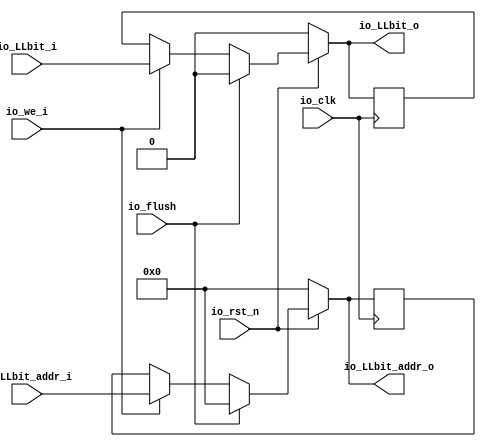
module llbit_reg(
  input         io_clk,
  input         io_rst_n,
  input         io_flush,
  input         io_we_i,
  input         io_LLbit_i,
  input  [33:0] io_LLbit_addr_i,
  output        io_LLbit_o,
  output [33:0] io_LLbit_addr_o
);
  reg  LLbit; // @[llbit_reg.scala 27:18]
  reg [31:0] _RAND_0;
  reg [33:0] LLbit_addr; // @[llbit_reg.scala 28:27]
  reg [63:0] _RAND_1;
  wire  _GEN_0; // @[llbit_reg.scala 37:42]
  wire [33:0] _GEN_1; // @[llbit_reg.scala 37:42]
  wire  _GEN_2; // @[llbit_reg.scala 34:37]
  wire [33:0] _GEN_3; // @[llbit_reg.scala 34:37]
  assign _GEN_0 = io_we_i ? io_LLbit_i : LLbit; // @[llbit_reg.scala 37:42]
  assign _GEN_1 = io_we_i ? io_LLbit_addr_i : LLbit_addr; // @[llbit_reg.scala 37:42]
  assign _GEN_2 = io_flush ? 1'h0 : _GEN_0; // @[llbit_reg.scala 34:37]
  assign _GEN_3 = io_flush ? 34'h0 : _GEN_1; // @[llbit_reg.scala 34:37]
  assign io_LLbit_o = io_rst_n ? _GEN_2 : 1'h0; // @[llbit_reg.scala 44:16 llbit_reg.scala 47:16 llbit_reg.scala 50:16 llbit_reg.scala 53:16]
  assign io_LLbit_addr_o = io_rst_n ? _GEN_3 : 34'h0; // @[llbit_reg.scala 45:21 llbit_reg.scala 48:21 llbit_reg.scala 51:21 llbit_reg.scala 54:21]
`ifdef RANDOMIZE_GARBAGE_ASSIGN
`define RANDOMIZE
`endif
`ifdef RANDOMIZE_INVALID_ASSIGN
`define RANDOMIZE
`endif
`ifdef RANDOMIZE_REG_INIT
`define RANDOMIZE
`endif
`ifdef RANDOMIZE_MEM_INIT
`define RANDOMIZE
`endif
`ifndef RANDOM
`define RANDOM $random
`endif
`ifdef RANDOMIZE_MEM_INIT
  integer initvar;
`endif
`ifndef SYNTHESIS
initial begin
  `ifdef RANDOMIZE
    `ifdef INIT_RANDOM
      `INIT_RANDOM
    `endif
    `ifndef VERILATOR
      `ifdef RANDOMIZE_DELAY
        #`RANDOMIZE_DELAY begin end
      `else
        #0.002 begin end
      `endif
    `endif
  `ifdef RANDOMIZE_REG_INIT
  _RAND_0 = {1{`RANDOM}};
  LLbit = _RAND_0[0:0];
  `endif // RANDOMIZE_REG_INIT
  `ifdef RANDOMIZE_REG_INIT
  _RAND_1 = {2{`RANDOM}};
  LLbit_addr = _RAND_1[33:0];
  `endif // RANDOMIZE_REG_INIT
  `endif // RANDOMIZE
end // initial
`endif // SYNTHESIS
  always @(posedge io_clk) begin
    if (~io_rst_n) begin
      LLbit <= 1'h0;
    end else if (io_flush) begin
      LLbit <= 1'h0;
    end else if (io_we_i) begin
      LLbit <= io_LLbit_i;
    end
    if (~io_rst_n) begin
      LLbit_addr <= 34'h0;
    end else if (~io_rst_n) begin
      LLbit_addr <= 34'h0;
    end else if (io_flush) begin
      LLbit_addr <= 34'h0;
    end else if (io_we_i) begin
      LLbit_addr <= io_LLbit_addr_i;
    end
  end
endmodule